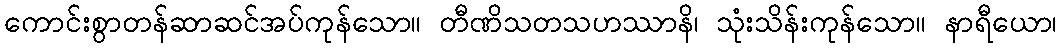
ကောင်းစွာတန်ဆာဆင်အပ်ကုန်သော။ တီဏိသတသဟဿာနိ၊ သုံးသိန်းကုန်သော။ နာရီယော၊